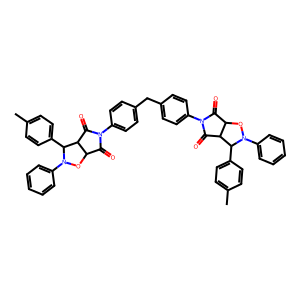
SMILES: Cc1ccc(C2C3C(=O)N(c4ccc(Cc5ccc(N6C(=O)C7ON(c8ccccc8)C(c8ccc(C)cc8)C7C6=O)cc5)cc4)C(=O)C3ON2c2ccccc2)cc1
Inhibits HIV replication: No